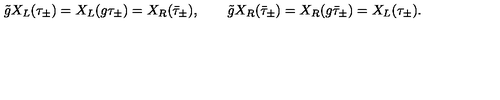
\tilde { g } X _ { L } ( \tau _ { \pm } ) = X _ { L } ( g \tau _ { \pm } ) = X _ { R } ( \bar { \tau } _ { \pm } ) , \qquad \tilde { g } X _ { R } ( \bar { \tau } _ { \pm } ) = X _ { R } ( g \bar { \tau } _ { \pm } ) = X _ { L } ( \tau _ { \pm } ) .